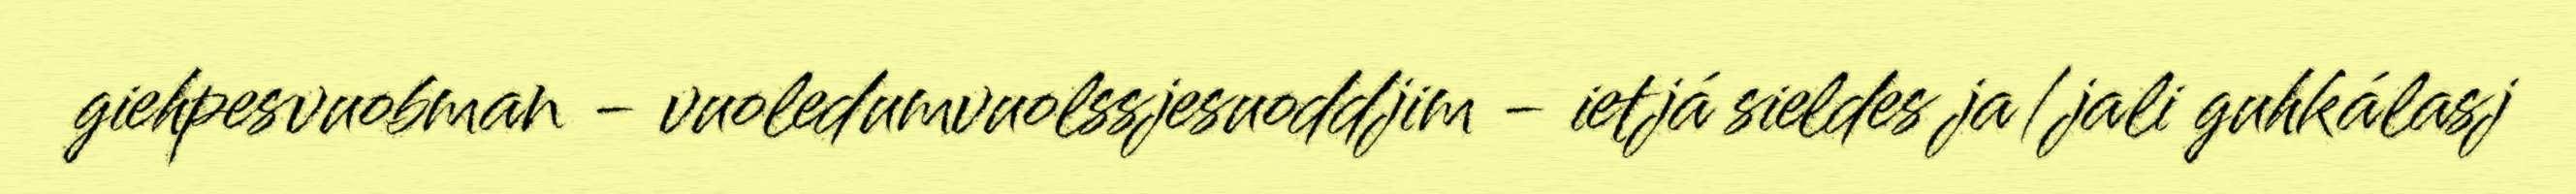
giehpesvuobman - vuoledumvuolssjesuoddjim - ietjá sieldes ja/jali guhkálasj